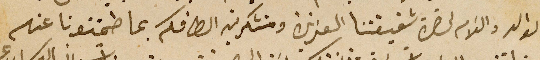
الوالد والسَلام لحضرة شقيقتنا العزيزة ومتشكرين الطافكم بما طمنتونا عنهم